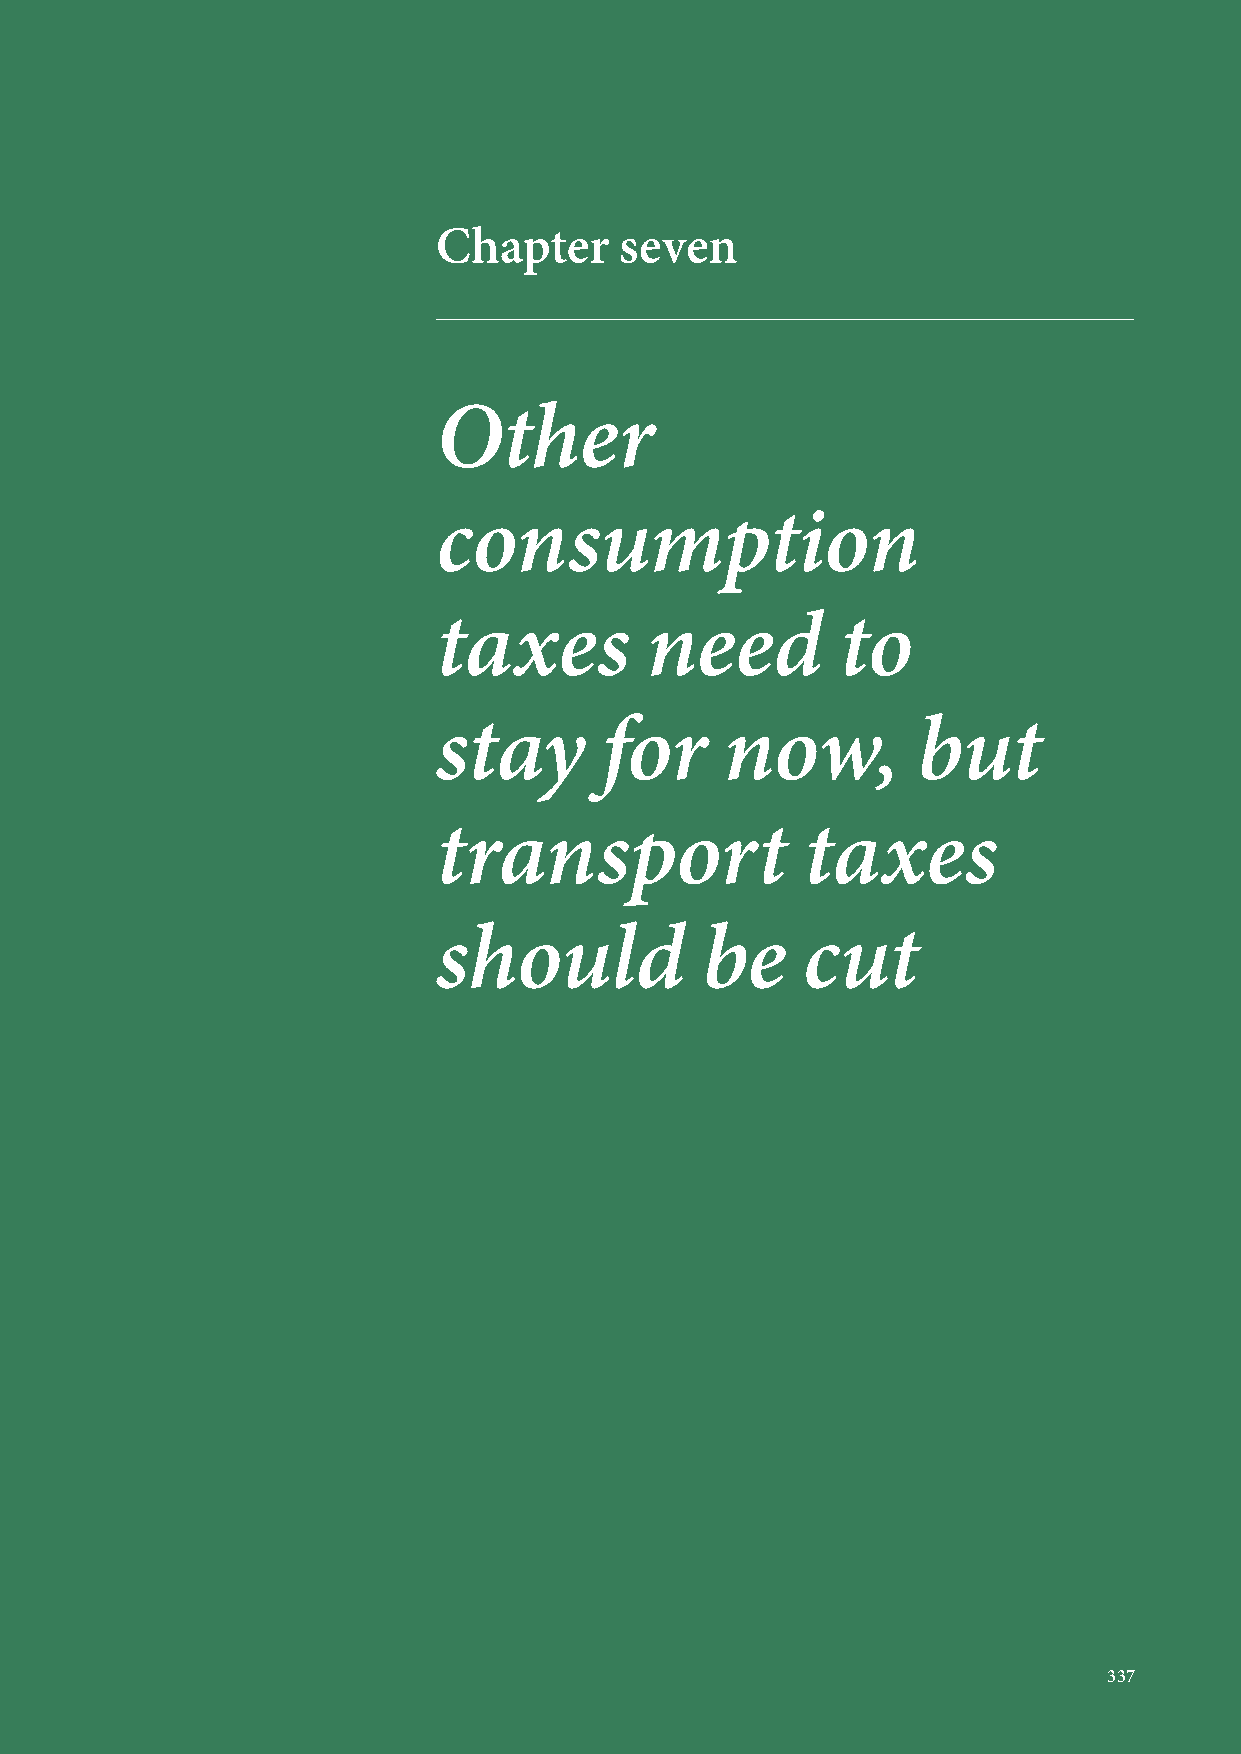
Chapter     seven
 Other
 consumption
 taxes         need         to
 stay       for     now,         but
 transport               taxes
 should           be     cut
 337